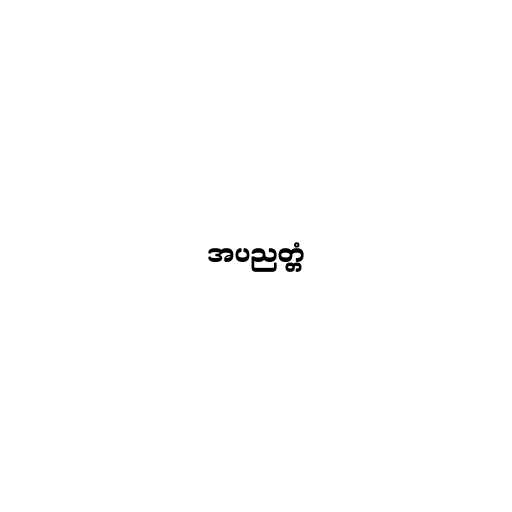
အပညတ္တံ